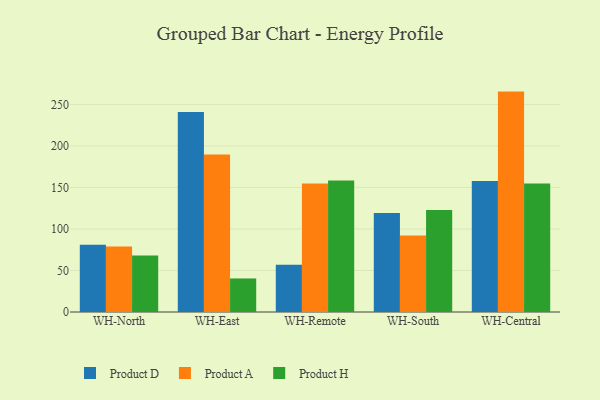
{"axis": {"x": "Warehouse", "y": "Backlog"}, "legend": ["Product A", "Product D", "Product H"], "data": [{"x": "WH-North", "y": 81.1, "type": "Product D"}, {"x": "WH-North", "y": 79.0, "type": "Product A"}, {"x": "WH-North", "y": 68.1, "type": "Product H"}, {"x": "WH-East", "y": 240.8, "type": "Product D"}, {"x": "WH-East", "y": 189.6, "type": "Product A"}, {"x": "WH-East", "y": 40.4, "type": "Product H"}, {"x": "WH-Remote", "y": 56.9, "type": "Product D"}, {"x": "WH-Remote", "y": 154.9, "type": "Product A"}, {"x": "WH-Remote", "y": 158.4, "type": "Product H"}, {"x": "WH-South", "y": 119.2, "type": "Product D"}, {"x": "WH-South", "y": 92.3, "type": "Product A"}, {"x": "WH-South", "y": 123.0, "type": "Product H"}, {"x": "WH-Central", "y": 157.7, "type": "Product D"}, {"x": "WH-Central", "y": 265.5, "type": "Product A"}, {"x": "WH-Central", "y": 154.9, "type": "Product H"}]}